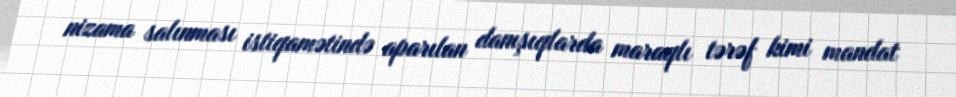
nizama salınması istiqamətində aparılan danışıqlarda maraqlı tərəf kimi mandat